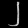
Digit: ၂